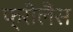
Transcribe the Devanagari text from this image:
फ्रीलैंस